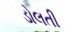
ડોલતી